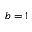
b = 1